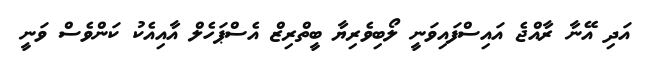
އަދި އޭނާ ރާއްޖެ އައިސްފައިވަނީ ލޯބިވެރިޔާ ބީތްރިޒް އެސްޕަހެލް އާއިއެކު ކަންވެސް ވަނީ